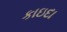
કાઇદા